65_HS1-834228961_62-HQ-83894_Section_9
Agency: FBI
Page 186
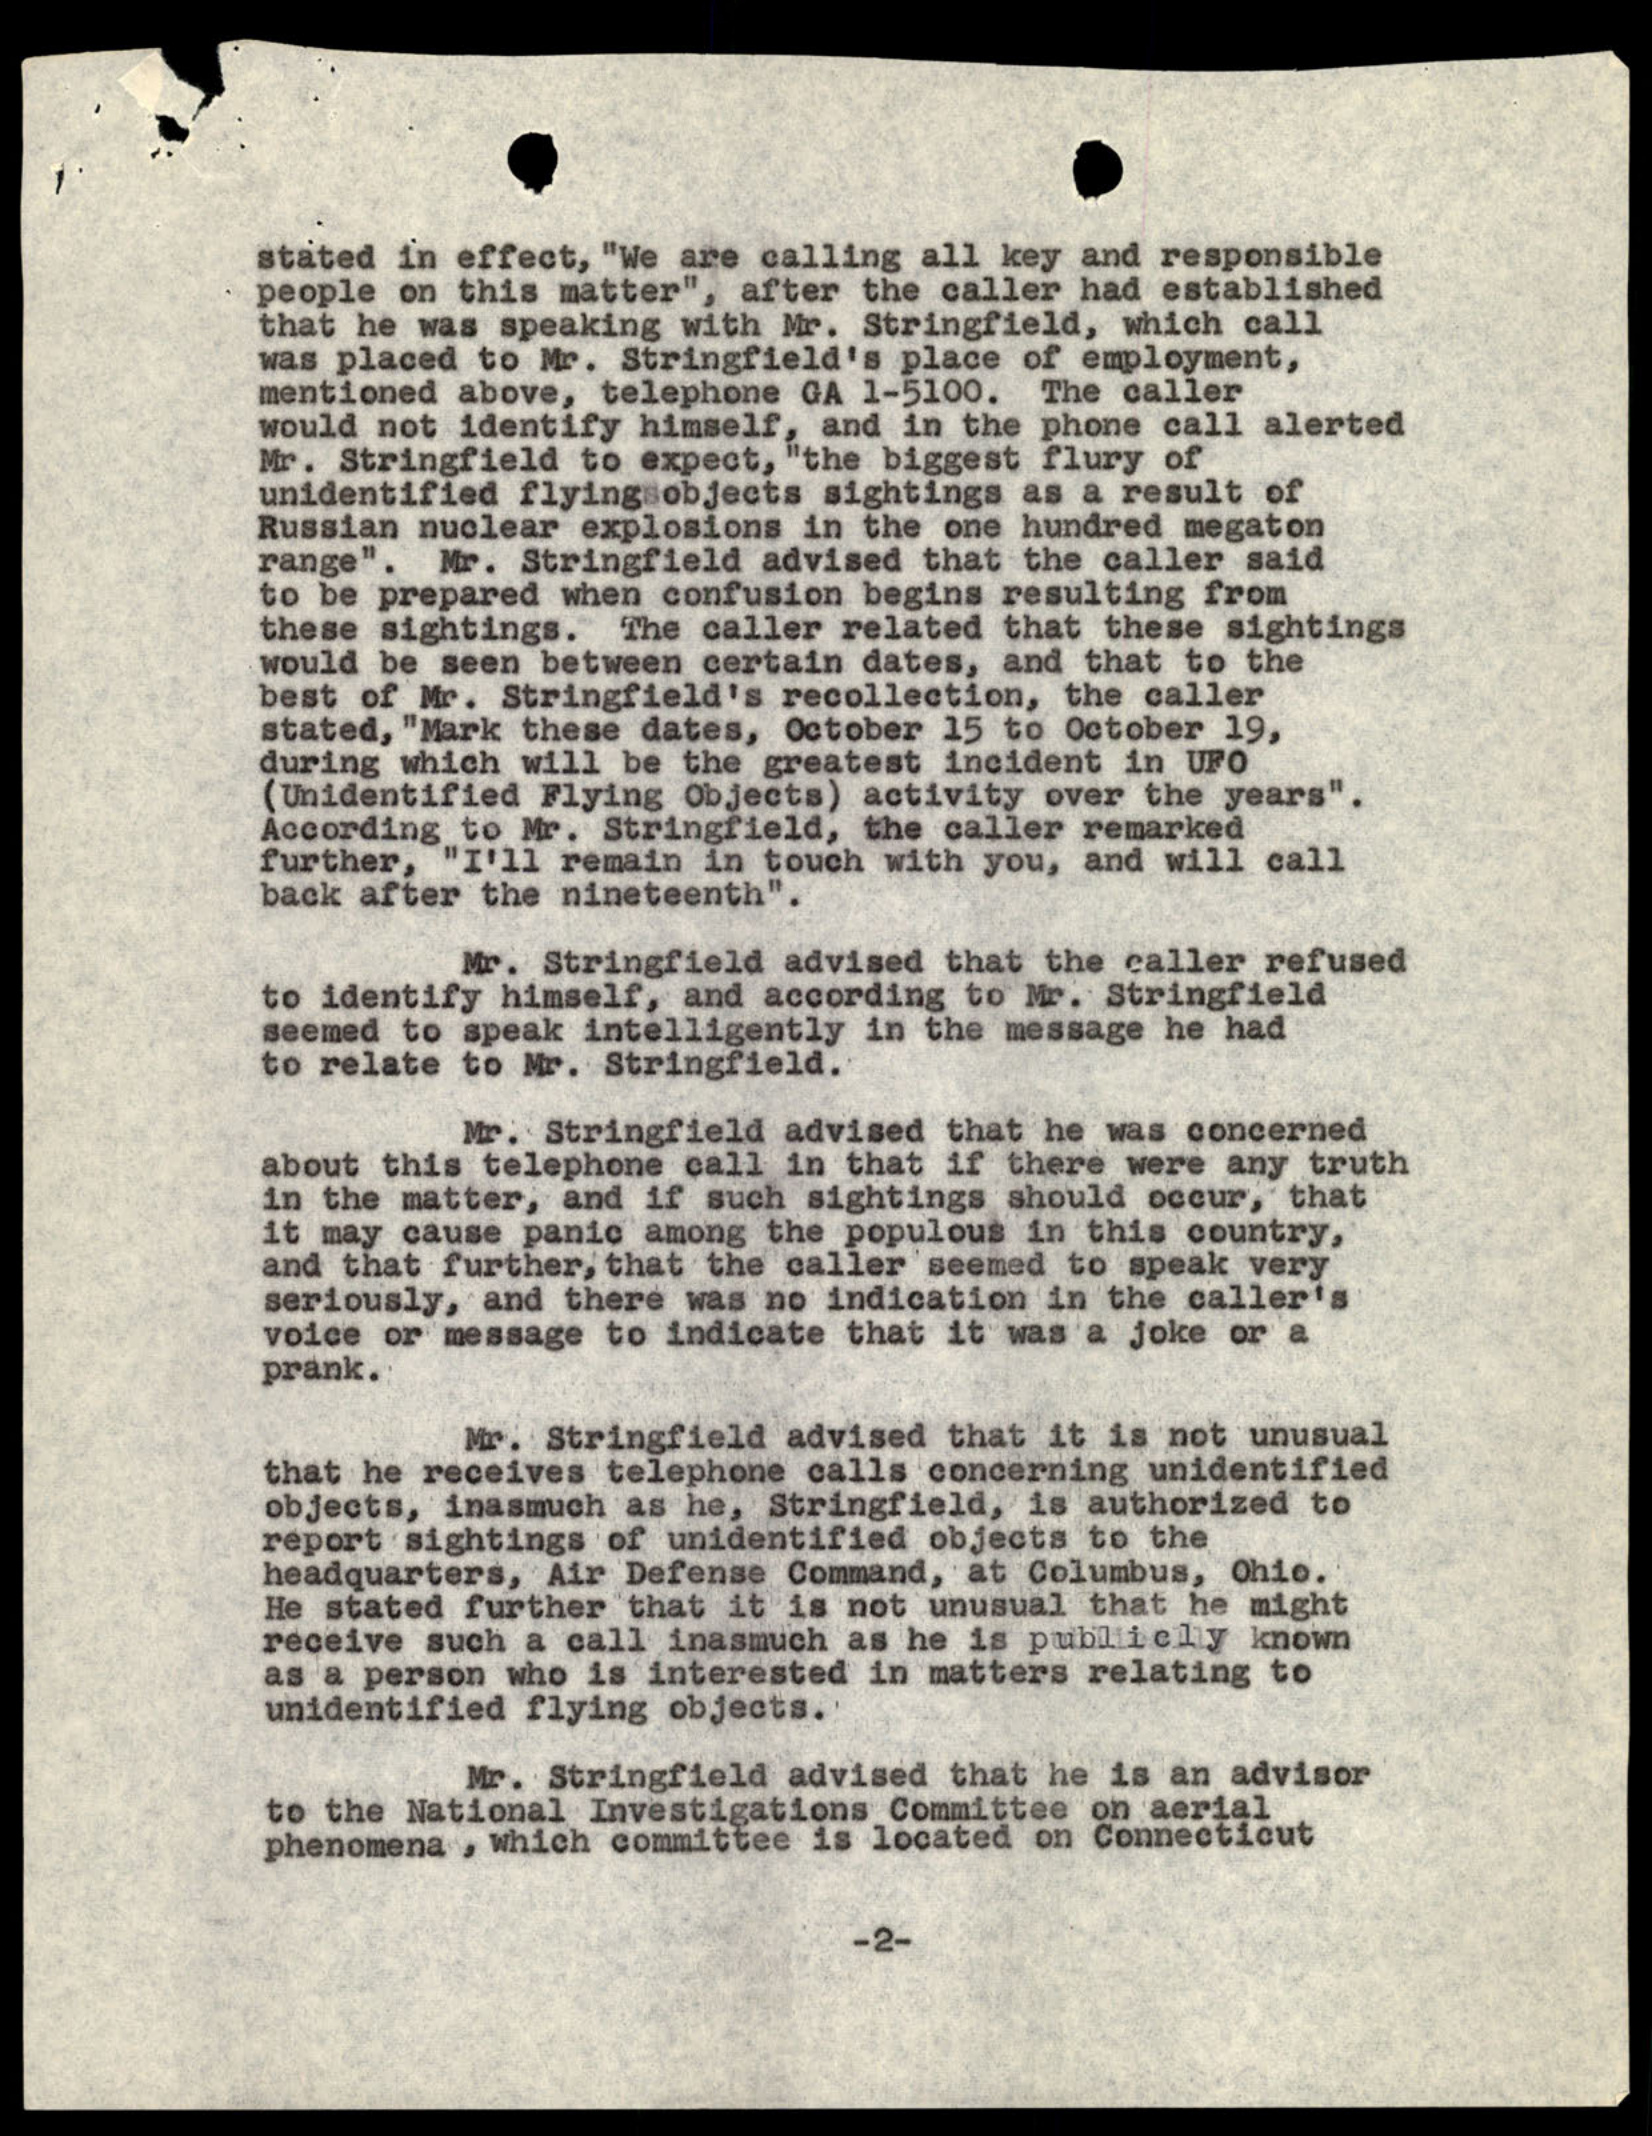